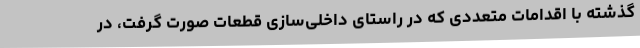
گذشته با اقدامات متعددی که در راستای داخلی‌سازی قطعات صورت گرفت، در